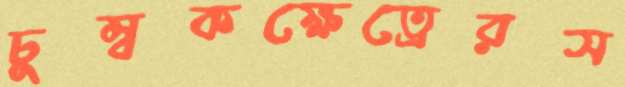
চুম্বকক্ষেত্রেরস